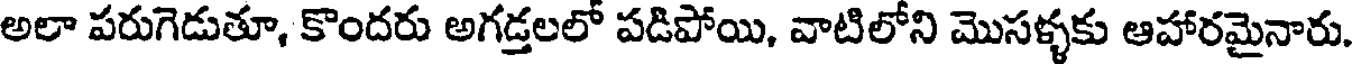
అలా పరుగెడుతూ, కొందరు అగడ్తలలో పడిపోయి, వాటిలోని మొసళ్ళకు ఆహారమైనారు.